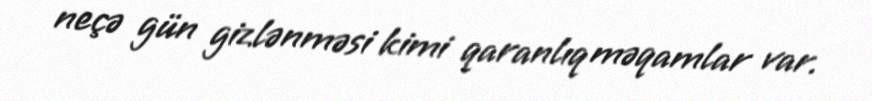
neçə gün gizlənməsi kimi qaranlıq məqamlar var.